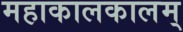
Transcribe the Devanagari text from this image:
महाकालकालम्